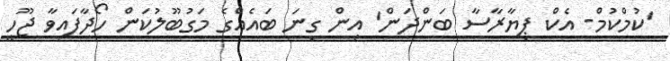
'ކުމްކުމް- އެކް ޕިޔާރާސާ ބަންދަން' އިން ގިނަ ބައެއްގެ މަގުބޫލުކަން ހޯދާފައިވާ ޖޫހީ